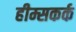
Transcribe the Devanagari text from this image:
हीम्सकर्क